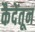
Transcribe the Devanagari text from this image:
कैदेंतून